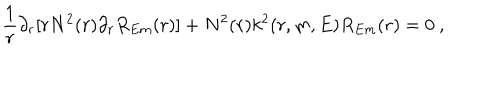
\frac { 1 } { r } \partial _ { r } [ r N ^ { 2 } ( r ) \partial _ { r } R _ { E m } ( r ) ] + N ^ { 2 } ( r ) k ^ { 2 } ( r , m , E ) R _ { E m } ( r ) = 0 ~ ,